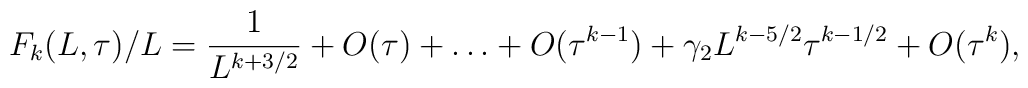
F_k(L, \tau)/L = {1 \over L^{k+3/2}} + O(\tau) + \ldots + O(\tau^{k-1}) +   \gamma_2 L^{k - 5/2} \tau^{k-1/2} + O(\tau^k),